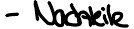
- Nachteile